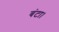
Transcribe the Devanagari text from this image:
बंटा।